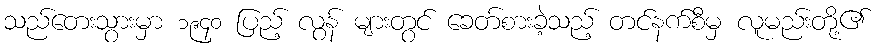
သည်တေးသွားမှာ ၁၉၄၀ ပြည့် လွန် များတွင် ခေတ်စားခဲ့သည့် တင်နက်စီမှ လူမည်းတို့၏